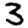
Digit: 3